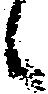
候